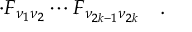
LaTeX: \cdot F _ { \nu _ { 1 } \nu _ { 2 } } \cdots F _ { \nu _ { 2 k - 1 } \nu _ { 2 k } } \quad .